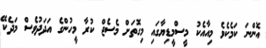
އޮންނަ ކަމެކެވެ މިއާއެކު މީސްމީޑިޔާގައި މިގޮތަށް މެސެޖް ކުރާ މީހުންގެ އަދަދުވެސް މަދެކޭ